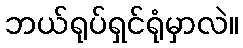
ဘယ်ရုပ်ရှင်ရုံမှာလဲ။